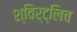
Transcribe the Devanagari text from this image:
श्विर्ट्लिच